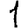
Digit: 1